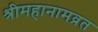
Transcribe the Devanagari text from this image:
श्रीमहानामव्रत